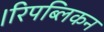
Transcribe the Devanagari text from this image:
।रिपब्लिकन